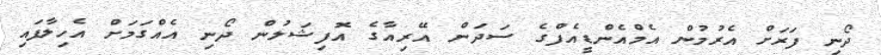
ދޯނި ފަރަށް އެރުމުން އެމްއެންޑީއެފްގެ ސަދަން އޭރިއާގެ އޮފިޝަލުން ދޯނި އެއްގަމަށް އެހިލާފައި